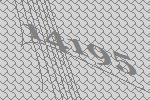
14195